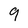
Character: 9